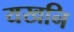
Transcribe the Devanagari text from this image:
यखनि